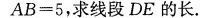
$$A B = 5$$，求线段DE的长.